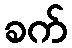
ခက်